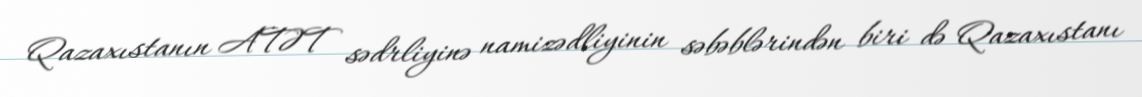
Qazaxıstanın ATƏT sədrliyinə namizədliyinin səbəblərindən biri də Qazaxıstanı